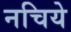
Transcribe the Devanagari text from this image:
नचिये